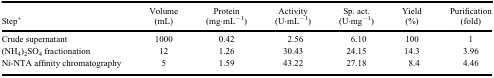
<table><thead><tr><td><b>Step*</b></td><td><b>Volume (mL)</b></td><td><b>Protein (mg·mL<sup>−1</sup>)</b></td><td><b>Activity (U·mL<sup>−1</sup>)</b></td><td><b>Sp. act. (U·mg<sup>−1</sup>)</b></td><td><b>Yield (%)</b></td><td><b>Purification (fold)</b></td></tr></thead><tbody><tr><td>Crude supernatant</td><td>1000</td><td>0.42</td><td>2.56</td><td>6.10</td><td>100</td><td>1</td></tr><tr><td>(NH<sub>4</sub>)<sub>2</sub>SO<sub>4</sub> fractionation</td><td>12</td><td>1.26</td><td>30.43</td><td>24.15</td><td>14.3</td><td>3.96</td></tr><tr><td>Ni-NTA affinity chromatography</td><td>5</td><td>1.59</td><td>43.22</td><td>27.18</td><td>8.4</td><td>4.46</td></tr></tbody></table>